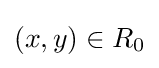
(x,y)\in R_{0}